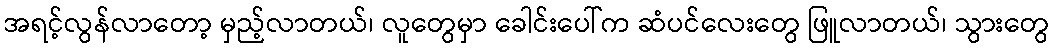
အရင့်လွန်လာတော့ မှည့်လာတယ်၊ လူတွေမှာ ခေါင်းပေါ်က ဆံပင်လေးတွေ ဖြူလာတယ်၊ သွားတွေ